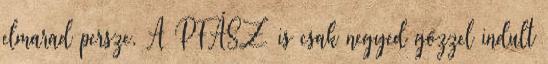
elmarad persze. A PFÁSZ is csak negyed gőzzel indult